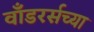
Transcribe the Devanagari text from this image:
वाँडरर्सच्या